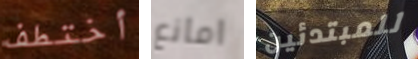
أختطف امانع للمبتدئين